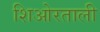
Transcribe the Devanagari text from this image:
शिओरताली